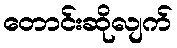
တောင်းဆိုလျက်